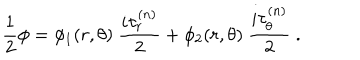
\frac { 1 } { 2 } \phi = \phi _ { 1 } ( r , \theta ) \ \frac { i \tau _ { r } ^ { ( n ) } } { 2 } + \phi _ { 2 } ( r , \theta ) \ \frac { i \tau _ { \theta } ^ { ( n ) } } { 2 } \ .